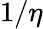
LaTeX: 1/\eta